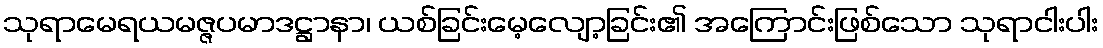
သုရာမေရယမဇ္ဇပမာဒဋ္ဌာနာ၊ ယစ်ခြင်းမေ့လျော့ခြင်း၏ အကြောင်းဖြစ်သော သုရာငါးပါး